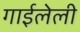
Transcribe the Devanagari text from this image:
गाईलेली